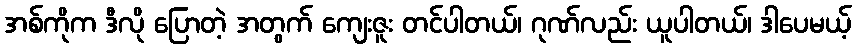
အစ်ကိုက ဒီလို ပြောတဲ့ အတွက် ကျေးဇူး တင်ပါတယ်၊ ဂုဏ်လည်း ယူပါတယ်၊ ဒါပေမယ့်